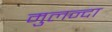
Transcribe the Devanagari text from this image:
मुलन्दा